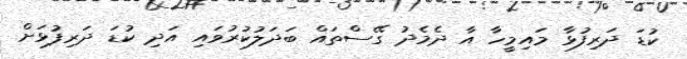
ކުޑަ ދަރިފުޅާ މައިމީހާ އާ ދެމެދު ގޭސްތައް ބަދަލުކުރުވައި އަދި ކުޑަ ދަރިފުޅަށް